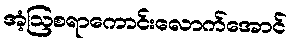
အံ့ဩစရာကောင်းလောက်အောင်